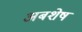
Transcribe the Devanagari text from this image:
अबशेष